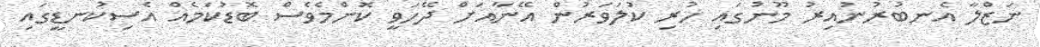
ނަޒްލާ އެނބުރުނުއިރު މޫނުގައި ހުރި ކުލަވަރުން އޭނާއަށް ދޭހަވީ ކޮންމެވެސް ބޮޑުކަމެއް އެސިކުނޑީގައި